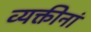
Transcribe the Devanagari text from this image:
व्यक्तीनां